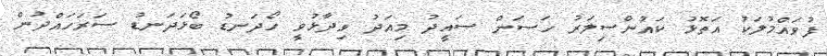
ފުވައްމުލަކު އަތޮޅު ކައުންސިލަރު ހަސަން ސައީދު މިއަދު ވިދާޅުވީ ހޯދަނޑު ބޯޅަދަނޑު ސަރަހައްދުން